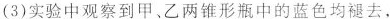
(3)实验中观察到甲、乙两锥形瓶中的蓝色均褪去，